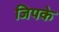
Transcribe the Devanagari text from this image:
जिपके